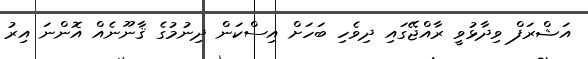
އަޝްރަފް ވިދާޅުވީ ރާއްޖޭގައި ދިވެހި ބަހަށް އިސްކަން ދިނުމުގެ ޤާނޫނެއް އޮންނަ އިރު